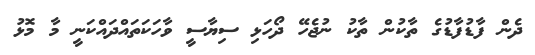
ދެން ފާޑުފާޑުގެ ތާކުން ތާކު ނުޖެހޭ ދޯހަޅި ސިޔާސީ ވާހަކަތައްދައްކަނީ މާ މޮޅު